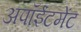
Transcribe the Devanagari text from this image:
अपॉईंटमेंट